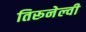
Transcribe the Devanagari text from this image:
तिरूनेल्वी